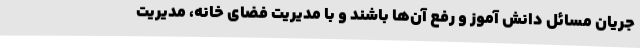
جریان مسائل دانش آموز و رفع آن‌ها باشند و با مدیریت فضای خانه، مدیریت